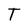
Character: T